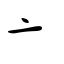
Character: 亠